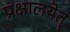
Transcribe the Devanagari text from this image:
प्रक्षालयेत्